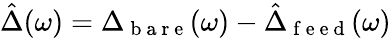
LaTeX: \hat{\Delta}(\omega)=\Delta_{\mathrm{~b~a~r~e~}}(\omega)-\hat{\Delta}_{\mathrm{~f~e~e~d~}}(\omega)